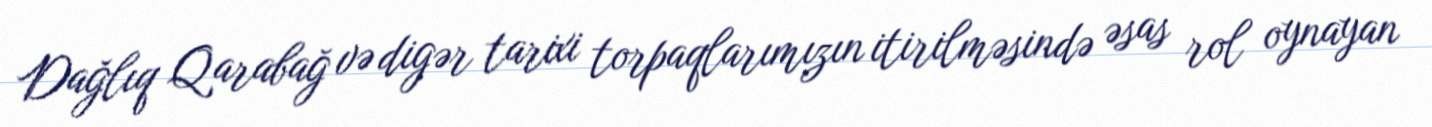
Dağlıq Qarabağ və digər tarixi torpaqlarımızın itirilməsində əsas rol oynayan